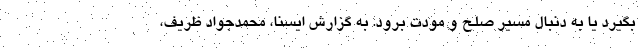
بگیرد یا به دنبال مسیر صلح و مودت برود. به گزارش ایسنا، محمدجواد ظریف،